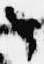
々